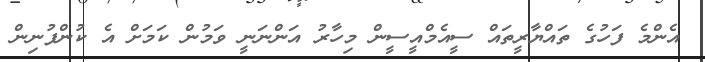
އެންމެ ފަހުގެ ތައްޔާރީތައް ސީއެމްއީސީން މިހާރު އަންނަނީ ވަމުން ކަމަށް އެ ކުންފުނިން